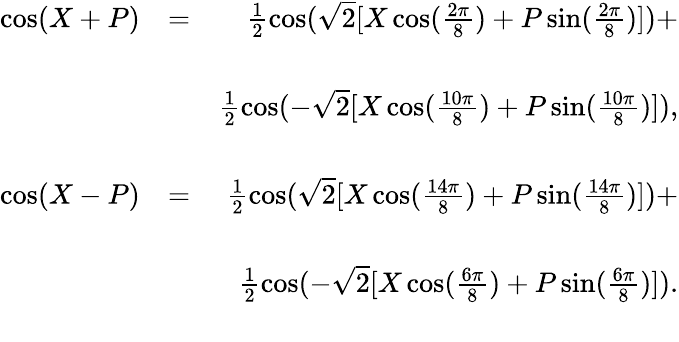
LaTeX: \begin{array}{rlr}{\cos(X+P)}&{=}&{\frac{1}{2}\cos(\sqrt{2}[X\cos(\frac{2\pi}{8})+P\sin(\frac{2\pi}{8})])+}\\ &{}&\\ &{}&{\frac{1}{2}\cos(-\sqrt{2}[X\cos(\frac{10\pi}{8})+P\sin(\frac{10\pi}{8})]),}\\ &{}&\\ {\cos(X-P)}&{=}&{\frac{1}{2}\cos(\sqrt{2}[X\cos(\frac{14\pi}{8})+P\sin(\frac{14\pi}{8})])+}\\ &{}&\\ &{}&{\frac{1}{2}\cos(-\sqrt{2}[X\cos(\frac{6\pi}{8})+P\sin(\frac{6\pi}{8})]).}\\ &{}&\end{array}